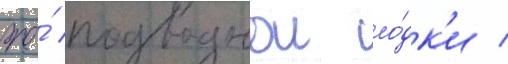
же́ подводнои ло́дк'и /